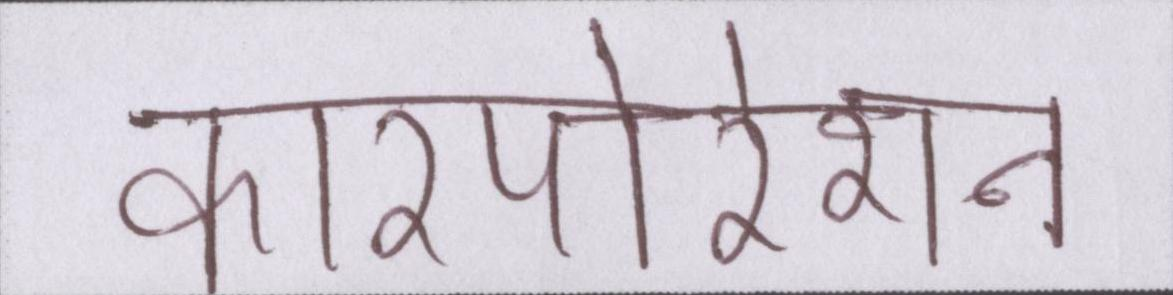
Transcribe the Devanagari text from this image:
कारपोरेशन